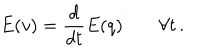
E ( v ) = \frac { d } { d t } E ( q ) \; \forall t \, .